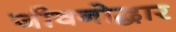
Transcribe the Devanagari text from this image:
जीवनोद्धार